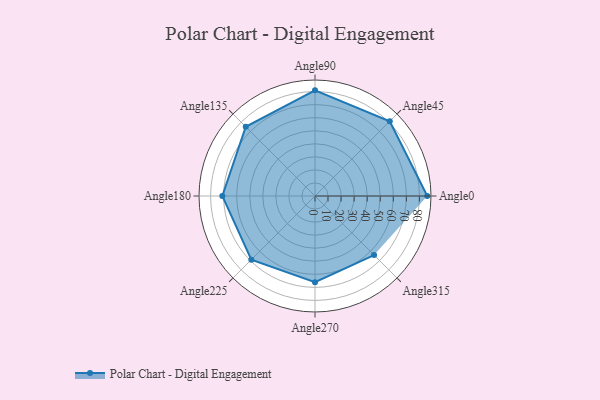
{"axis": {"x": "Angle", "y": "Radius"}, "legend": [""], "data": [{"x": "Angle0", "y": 86.0, "type": ""}, {"x": "Angle45", "y": 81.0, "type": ""}, {"x": "Angle90", "y": 81.0, "type": ""}, {"x": "Angle135", "y": 75.0, "type": ""}, {"x": "Angle180", "y": 71.0, "type": ""}, {"x": "Angle225", "y": 69.0, "type": ""}, {"x": "Angle270", "y": 66.0, "type": ""}, {"x": "Angle315", "y": 64.0, "type": ""}]}